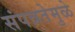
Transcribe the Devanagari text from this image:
संपन्नतेमुळे